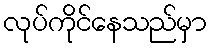
လုပ်ကိုင်နေသည်မှာ